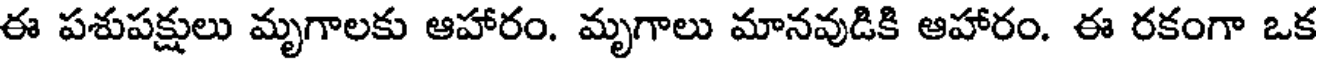
ఈ పశుపక్షులు మృగాలకు ఆహారం. మృగాలు మానవుడికి ఆహారం. ఈ రకంగా ఒక